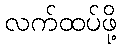
လက်ထပ်ဖို့